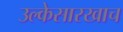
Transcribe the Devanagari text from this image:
उल्केसारखाच